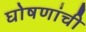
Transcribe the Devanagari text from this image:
घोषणांची